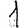
Digit: 1